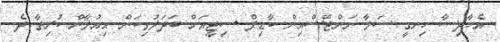
އެހާދިސާ ހިނގީ ސަލާ ނަންޓޭސްއިން ކާޑިފް ސިޓީއަށް ބަދަލުވިކަން އިއުލާން ކުރިތާ ދެ